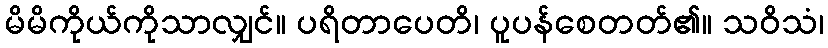
မိမိကိုယ်ကိုသာလျှင်။ ပရိတာပေတိ၊ ပူပန်စေတတ်၏။ သဝိသံ၊